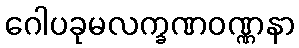
ဂေါပခုမလက္ခဏဝဏ္ဏနာ